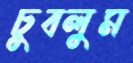
চুবলুম